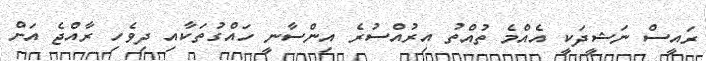
ރައީސް ނަޝީދަކީ އެއްމެ ތުއްތު އިރުއްސުރެ އިންސާނީ ހައްގުތަކާއި ދިވެހި ރާއްޖެ އަށް